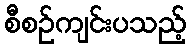
စီစဉ်ကျင်းပသည့်